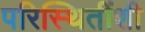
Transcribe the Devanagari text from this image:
परिस्थितींशी